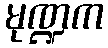
မုဏ္ဍက